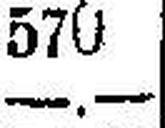
—.—